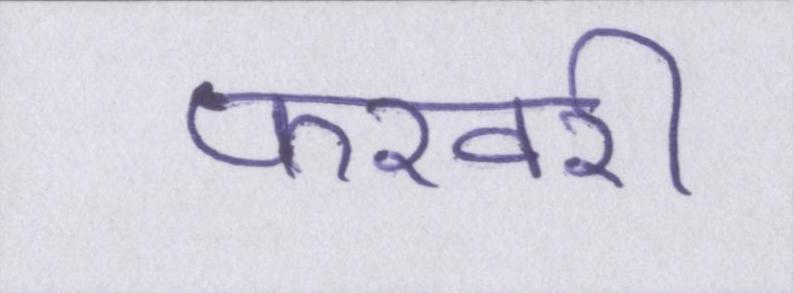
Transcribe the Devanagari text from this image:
फरवरी